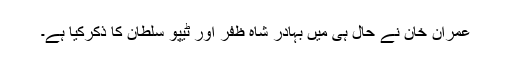
عمران خان نے حال ہی میں بہادر شاہ ظفر اور ٹیپو سلطان کا ذکرکیا ہے۔